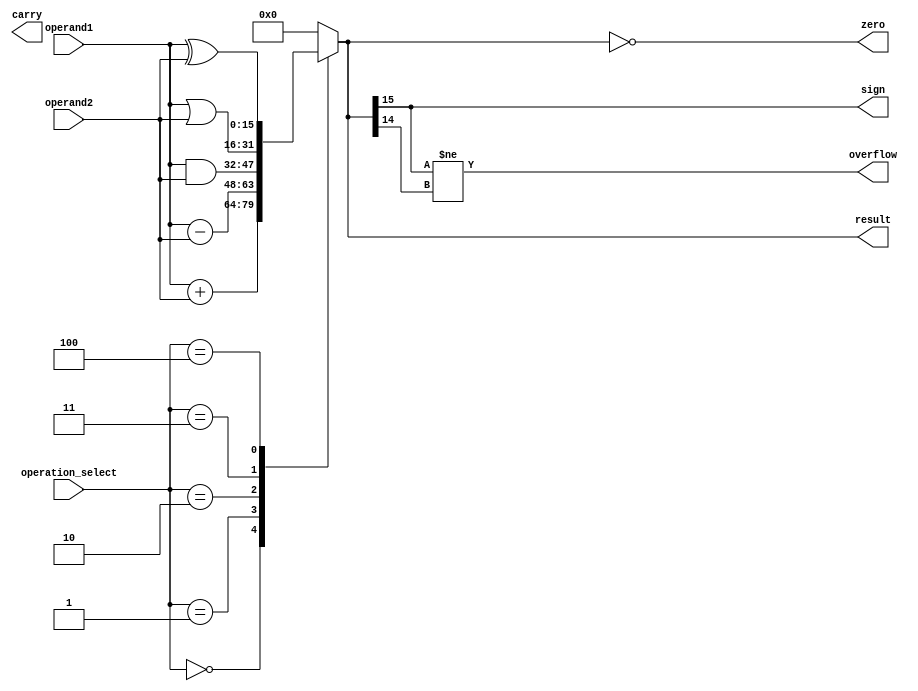
module ALU(
    input [15:0] operand1,
    input [15:0] operand2,
    input [2:0] operation_select,
    output [15:0] result,
    output overflow,
    output carry,
    output zero,
    output sign
);

reg [15:0] temp_result;
reg overflow, carry, zero, sign;

always @(*)
begin
    case(operation_select)
        3'b000: temp_result = operand1 + operand2; // Addition
        3'b001: temp_result = operand1 - operand2; // Subtraction
        3'b010: temp_result = operand1 & operand2; // Bitwise AND
        3'b011: temp_result = operand1 | operand2; // Bitwise OR
        3'b100: temp_result = operand1 ^ operand2; // Bitwise XOR
        default: temp_result = 16'b0;
    endcase
    
    overflow = (temp_result[15] != temp_result[14]); // Check for overflow
    carry = (temp_result[16] == 1); // Check for carry
    zero = (temp_result == 16'b0); // Check for zero
    sign = temp_result[15]; // Extract sign bit
    
    result = temp_result;
end

endmodule